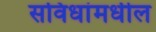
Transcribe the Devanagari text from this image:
सविधांमधील